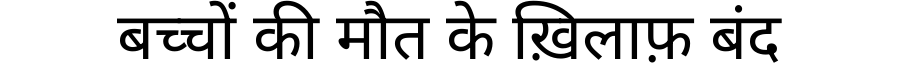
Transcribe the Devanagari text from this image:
बच्चों की मौत के ख़िलाफ़ बंद